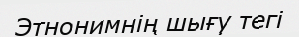
Этнонимнің шығу тегі